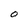
Character: O